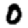
Digit: 0